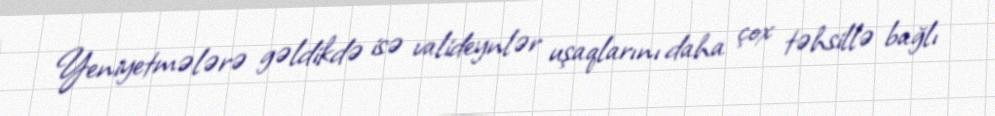
Yeniyetmələrə gəldikdə isə valideynlər uşaqlarını daha çox təhsillə bağlı